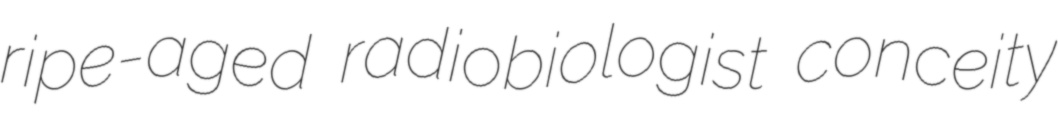
ripe-aged radiobiologist conceity